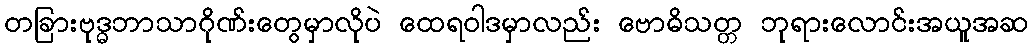
တခြားဗုဒ္ဓဘာသာဂိုဏ်းတွေမှာလိုပဲ ထေရဝါဒမှာလည်း ဗောဓိသတ္တ ဘုရားလောင်းအယူအဆ